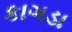
કાગડા